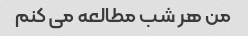
من هر شب مطالعه می کنم